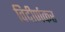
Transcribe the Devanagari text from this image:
विदीर्णकर